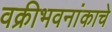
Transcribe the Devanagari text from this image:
वक्रीभवनांकाचे